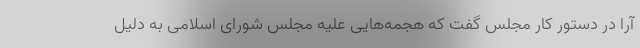
آرا در دستور کار مجلس گفت که هجمه‌هایی علیه مجلس شورای اسلامی به دلیل